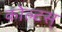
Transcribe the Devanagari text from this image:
कोल्टस्